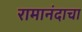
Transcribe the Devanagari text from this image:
रामानंदाचा